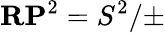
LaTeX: \mathbf{RP}^{2}=S^{2}/\pm